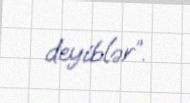
deyiblər”.